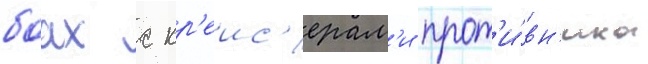
боах с кр'еис'ерам'и прот'и́вн'ика